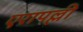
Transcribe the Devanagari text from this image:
एरापल्ली